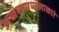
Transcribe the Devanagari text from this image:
अखण्डमण्डलाकारं